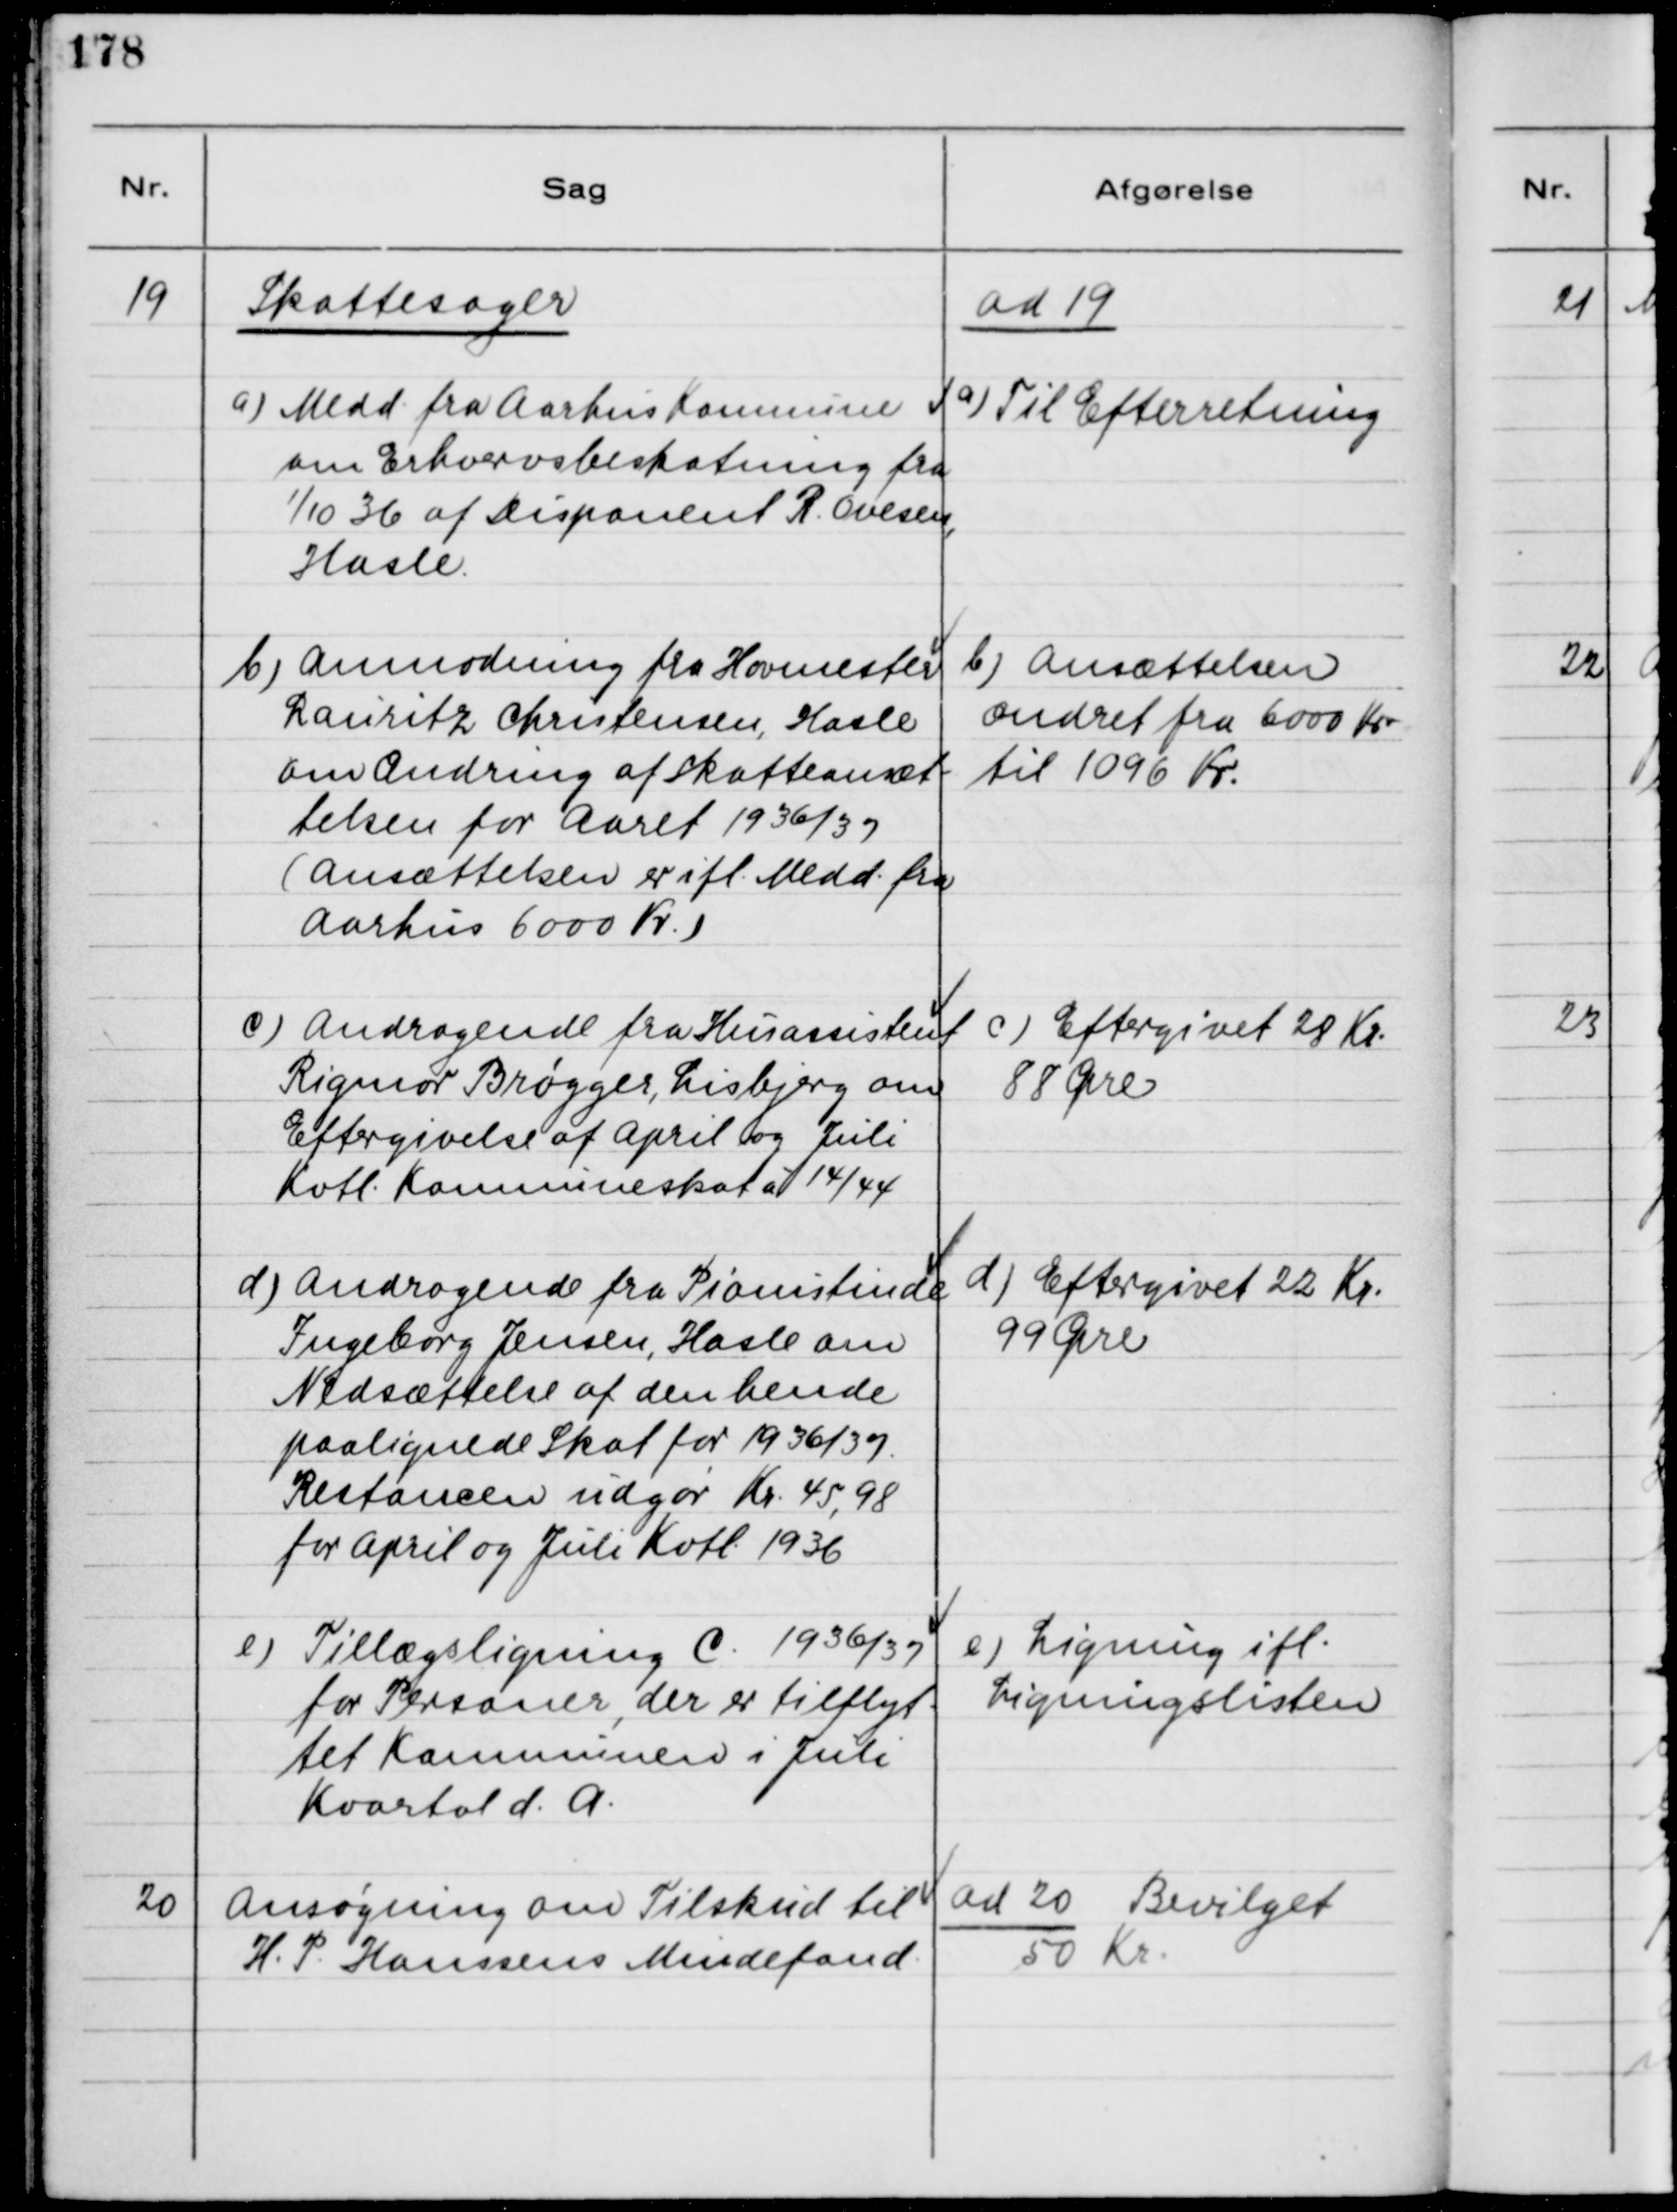
Transskription:
19
Skattesager
a) Medd. fra Aarhus Kommune
om Erhvervsbeskatning fra
1/10 36 af Disponent R. Ovesen,
Hasle
ad 19
a) Til Efterretning
b) Anmodning fra Hovmester
Rauritz Christensen, Hasle
om Ændring af Skatteansæt-
telsen for Aaret 1936/37
(Ansættelsen er ifl. Medd. fra
Aarhus 6000 Kr.)
b) Ansættelsen
ændret fra 6000 Kr
til 1096 Kr.
c) Andragende fra Husassistent
Rigmor Brøgger, Lisbjerg om
Eftergivelse af April og Juli
Kvtl. Kommuneskat af 14/44
c) Eftergivet 28 Kr.
88 Øre
d) Andragende fra Pianistinde
Ingeborg Jensen, Hasle om
Nedsættelse af den hende
paalignede Skat for 1936/37
Restancen udgør Kr. 45,98
for April og Juli Kvtl. 1936
d) Eftergivet 22 Kr.
99 Øre
e) Tillægsligning C. 1936/37
for Personer, der er tilflyt-
tet Kommunen i Juli
Kvartal d. A
e) Ligning ifl.
Ligningslisten
20
Ansøgning om Tilskud til
H.P. Hanssens Mindefond.
ad 20 Bevilget
50 Kr.